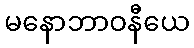
မနောဘာဝနီယေ